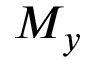
M _ { y }